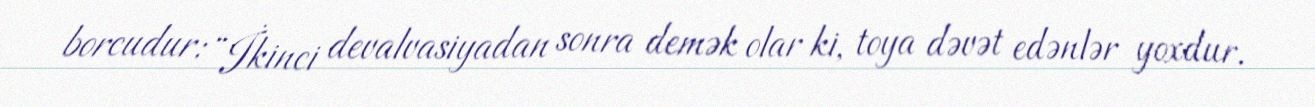
borcudur: “İkinci devalvasiyadan sonra demək olar ki, toya dəvət edənlər yoxdur.